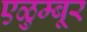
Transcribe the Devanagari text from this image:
एळुम्बूर